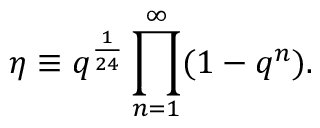
\eta \equiv q ^ { \frac 1 { 2 4 } } \prod _ { n = 1 } ^ { \infty } ( 1 - q ^ { n } ) .